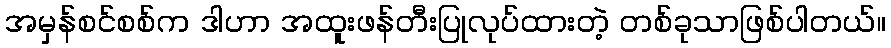
အမှန်စင်စစ်က ဒါဟာ အထူးဖန်တီးပြုလုပ်ထားတဲ့ တစ်ခုသာဖြစ်ပါတယ်။